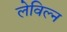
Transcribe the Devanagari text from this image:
लेविल्न